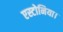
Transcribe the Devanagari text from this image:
एस्टोनिया।